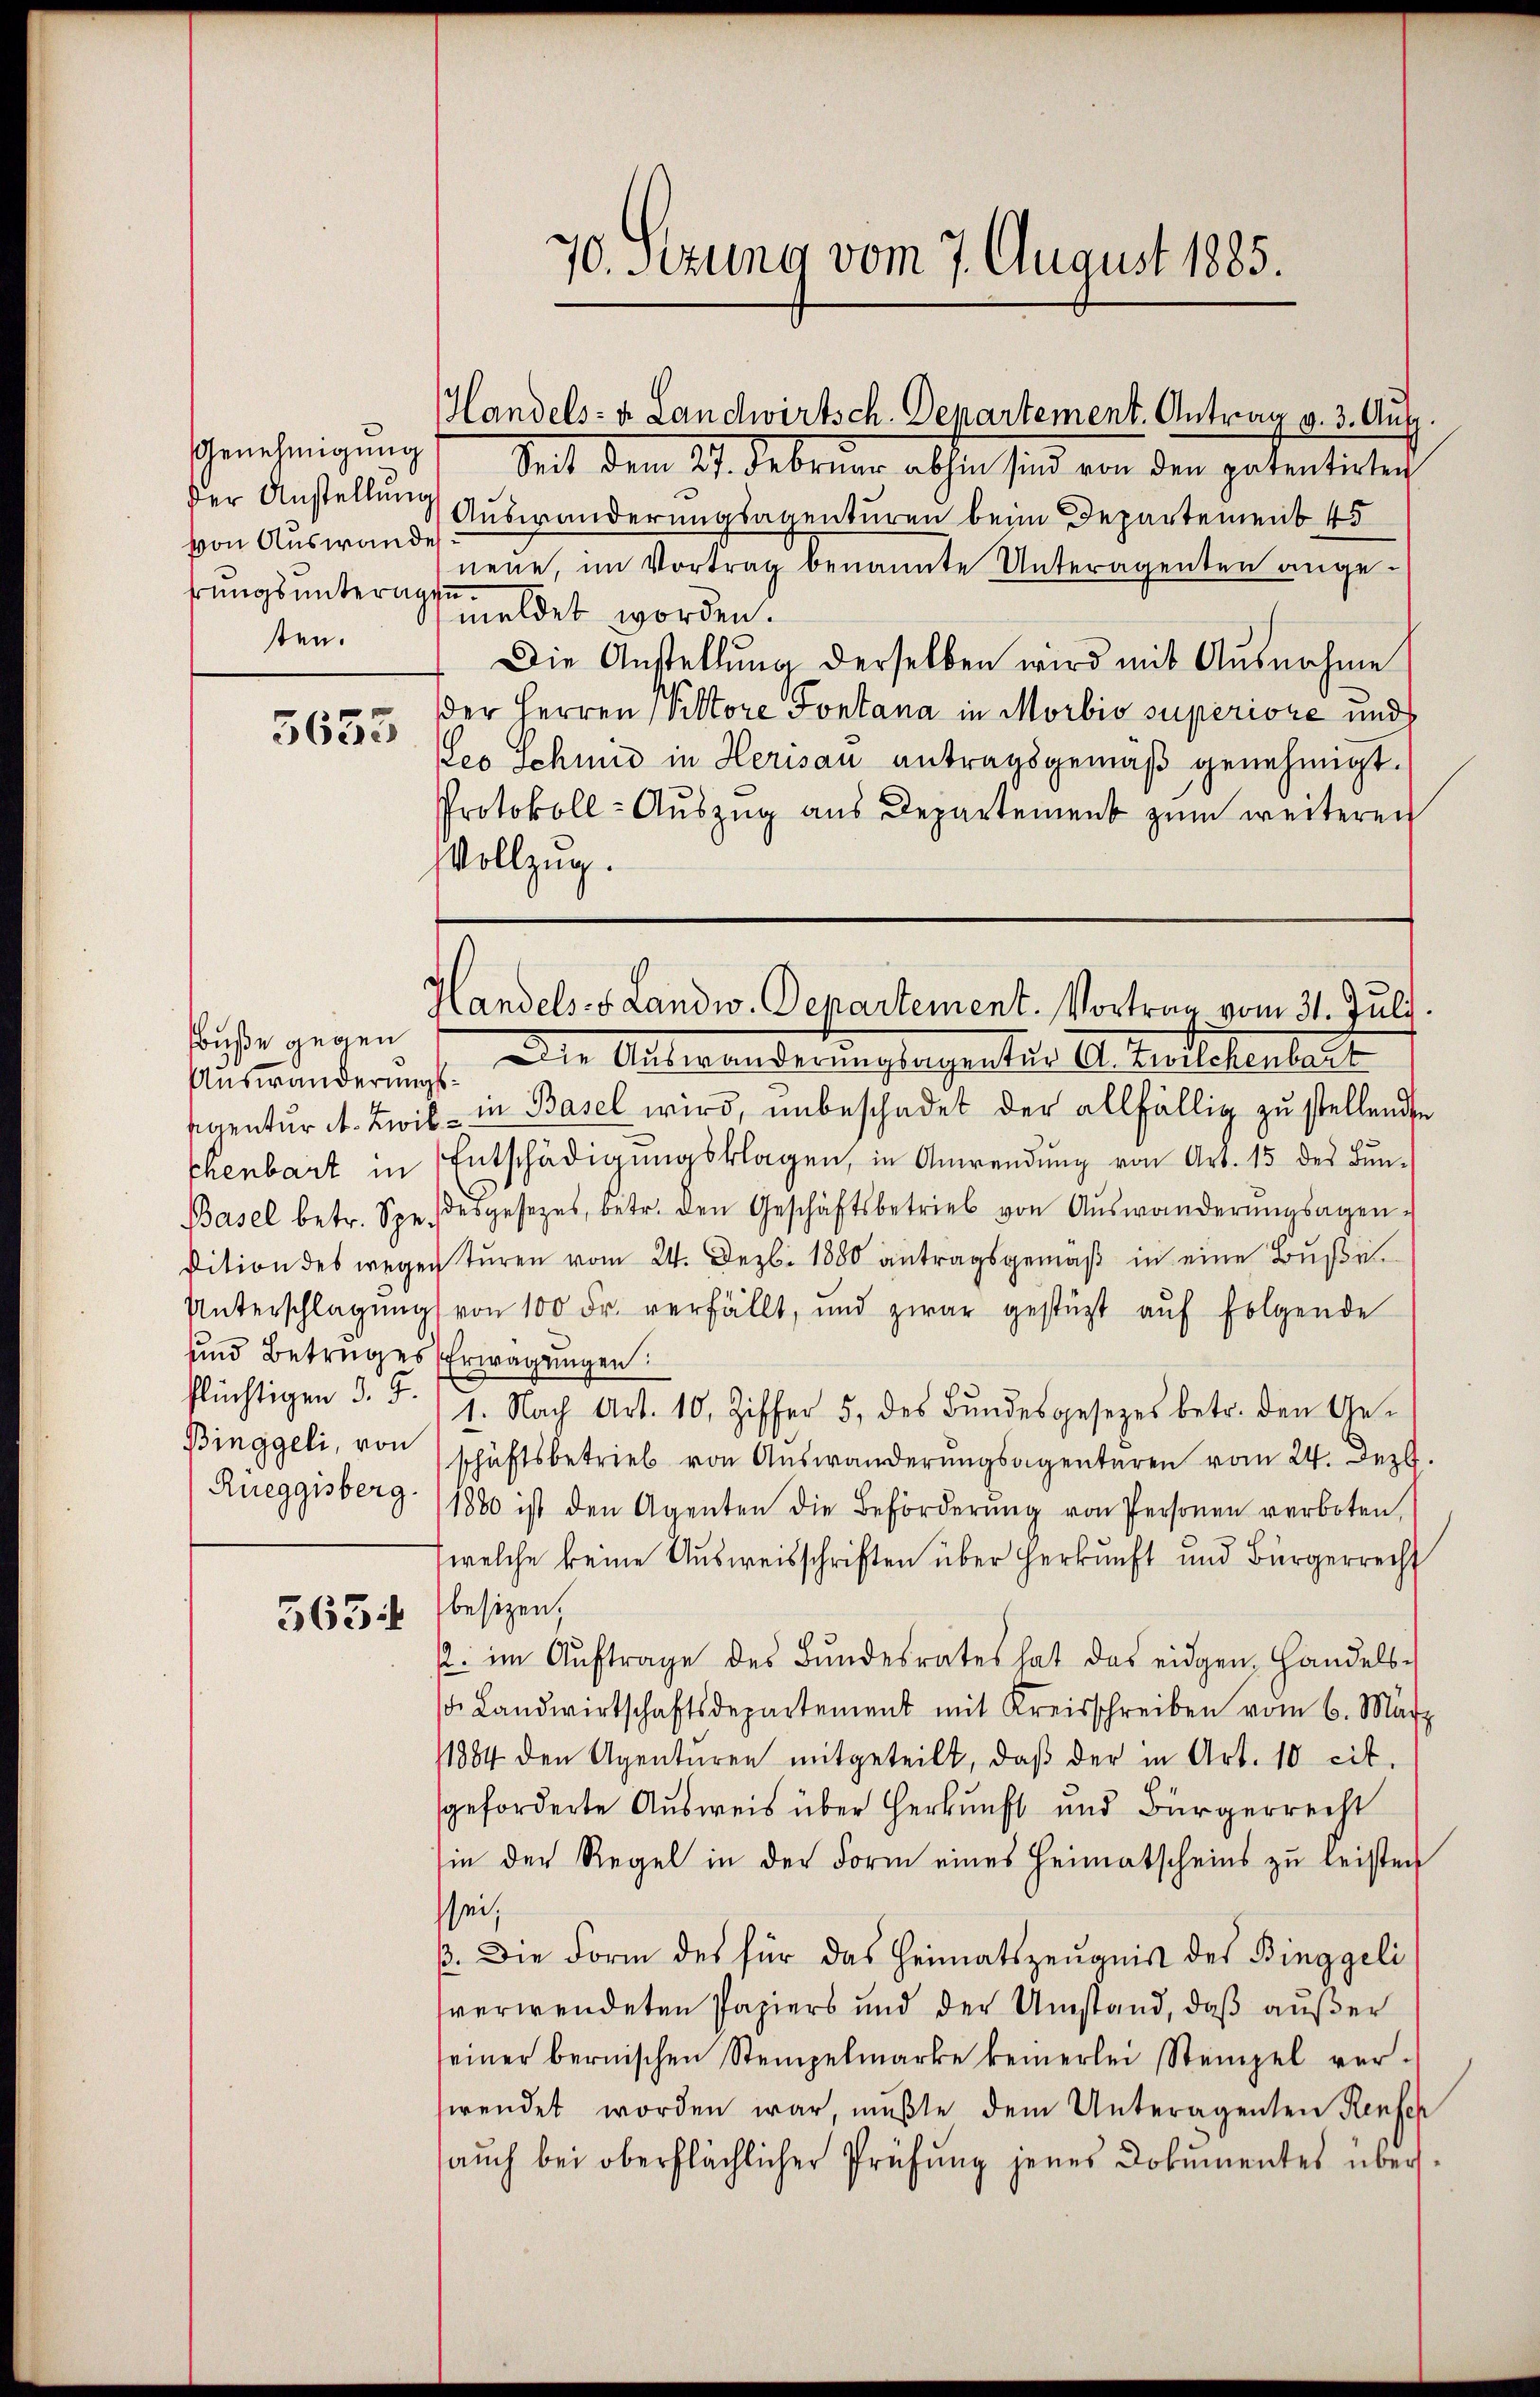
von Auswande
hrungsunteragen.
sen.

5653

uße gegen
Auswanderungs¬
Binggeli, von
Rueggisberg.

563.

Handels- u Landwirtsch. Departement. Antrag v. 3. Aug.

70. Sitzung vom 7. August 1885.

Genehmigung Seit dem 27. Februar abhin sind von den patentirten
der Anstellung Auswanderungsagenturen beim Departement. 45
neue, im Vortrag benannte Unteragenten angemeldet worden.
Die Anstellŭng derselben wird mit Ausnahme
der Herren Vittore Fontana in Morbis superiore und
eo Schmid in Herisau antragsgemäß genehmigt.
Protokoll-Auszug aus Departement zum weiteren
Vollzug.

¬
Handels- & Landw. Departement. Vortrag vom 31. Juli.

alle Aufwandes unglegenter 10. Zeerlebenleut
Eigentur et. Zwil - in Basel wird, unbeschadet der allfällig zu stellende
Chenbart in Entschädigŭngsklagen, in Anwendŭng von Art. 15 des Bŭn-
Basel betr. Spe. desgesetzes, betr. den Geschäftsbetrieb von Aŭswanderŭngsagen-
dition des wegen Tŭren vom 24. Dez. 1880 antragsgemäß in eine Bußen.
Unterschlagung von 100 Fr. verfällt, und zwar gestützt aŭf folgende
und Betruges Erwägungen
flüchtigen d. F. 1. Nach Art. 10. Ziffer 5. des Bŭndesgesetzes betr. den Ge-
schäftsbetrieb von Auswanderŭngsagentaren vom 24. Jezt.
1880 ist den Agenten die Beförderŭng von Personen verboten,
welche keine Ausweisschriften über Herkunft und Bürgerrecht
besitzen,
. im Aŭftrage des Bŭndesrates hat das eidgen. Handels-
. Landwirtschaftsdepartement mit Kreisschreiben vom 6. März
11884 den Agentŭren mitgeteilt, daβ der in Art. 10 cit.
geforderte Ausweis über Herkunft und Bürgerrecht
in der Regel in der Form eines Heimatscheins zu leisten
sei,
ß. Die Form des für das Heimatszeŭgnis des Binggeli
verwendeten Papiers und der Umstand, daß außer
seiner bernischen Stempelmarke keinerlei Stempel ver-
wendet worden war mußte dem Unteragenten Kenfeh
aŭch bei oberflächlicher Prüfung jenes Dokumentes über